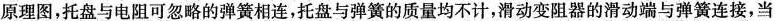
原理图，托盘与电阻可忽略的弹簧相连，托盘与弹簧的质量均不计，滑动变阻器的滑动端与弹簧连接，当